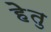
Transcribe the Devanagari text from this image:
हेेतु